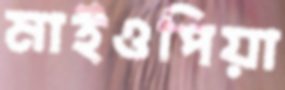
মাইওপিয়া